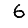
Digit: 6